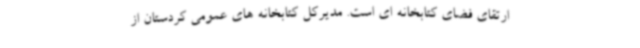
ارتقای فضای کتابخانه ای است. مدیرکل کتابخانه های عمومی کردستان از